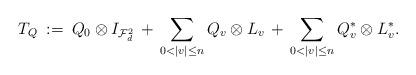
LaTeX: \begin{align*}T_Q\::=\:Q_0\otimes I_{\mathcal{F}^2_d}\, +\,\sum_{0<|v|\leq n} Q_v \otimes L_v \,+\, \sum_{0<|v|\leq n} Q_v^*\otimes L_v^*.\end{align*}